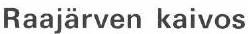
Raajärven kaivos